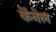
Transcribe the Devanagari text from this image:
केंनेल